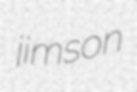
jimson